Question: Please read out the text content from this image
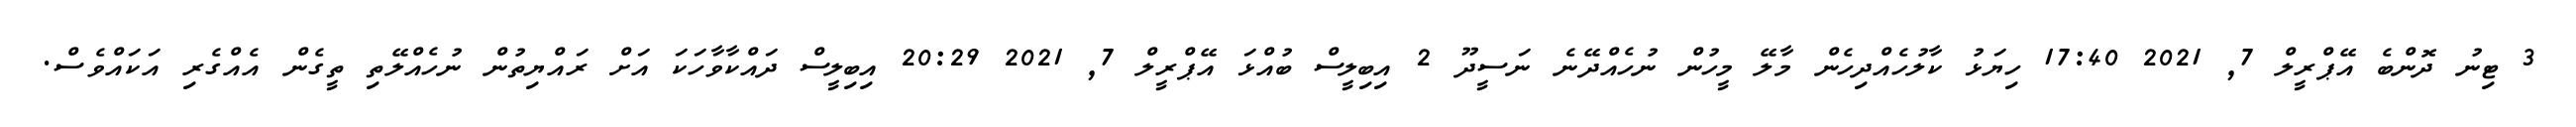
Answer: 3 ޓިނު ދޮންބެ އޭޕްރީލް 7, 2021 17:40 ހިޔަޅު ކާލުހެއްދިހެން މާލޭ މީހުން ނުހެއްދޭނެ ނަސީދޫ 2 އިބިލީސް ބުއްޅަ އޭޕްރީލް 7, 2021 20:29 އިބިލީސް ދައްކާވާހަކަ އަށް ރައްޔިތުން ނުހެއްލޭތި ތީގެން އެއްގެރި އަކައްވެސް.